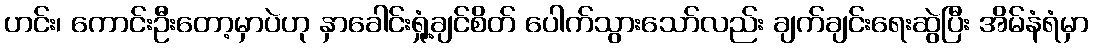
ဟင်း၊ ကောင်းဦးတော့မှာပဲဟု နှာခေါင်းရှုံ့ချင်စိတ် ပေါက်သွားသော်လည်း ချက်ချင်းရေးဆွဲပြီး အိမ်နံရံမှာ